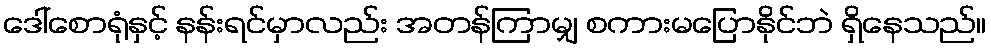
ဒေါ်စောရုံနှင့် နန်းရင်မှာလည်း အတန်ကြာမျှ စကားမပြောနိုင်ဘဲ ရှိနေသည်။